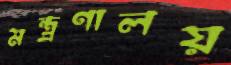
মন্ত্র্রণালয়